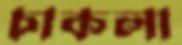
চাকলা